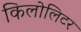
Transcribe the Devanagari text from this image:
किलोलिटर